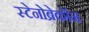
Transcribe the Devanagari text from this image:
स्टेनोब्रेकॉन